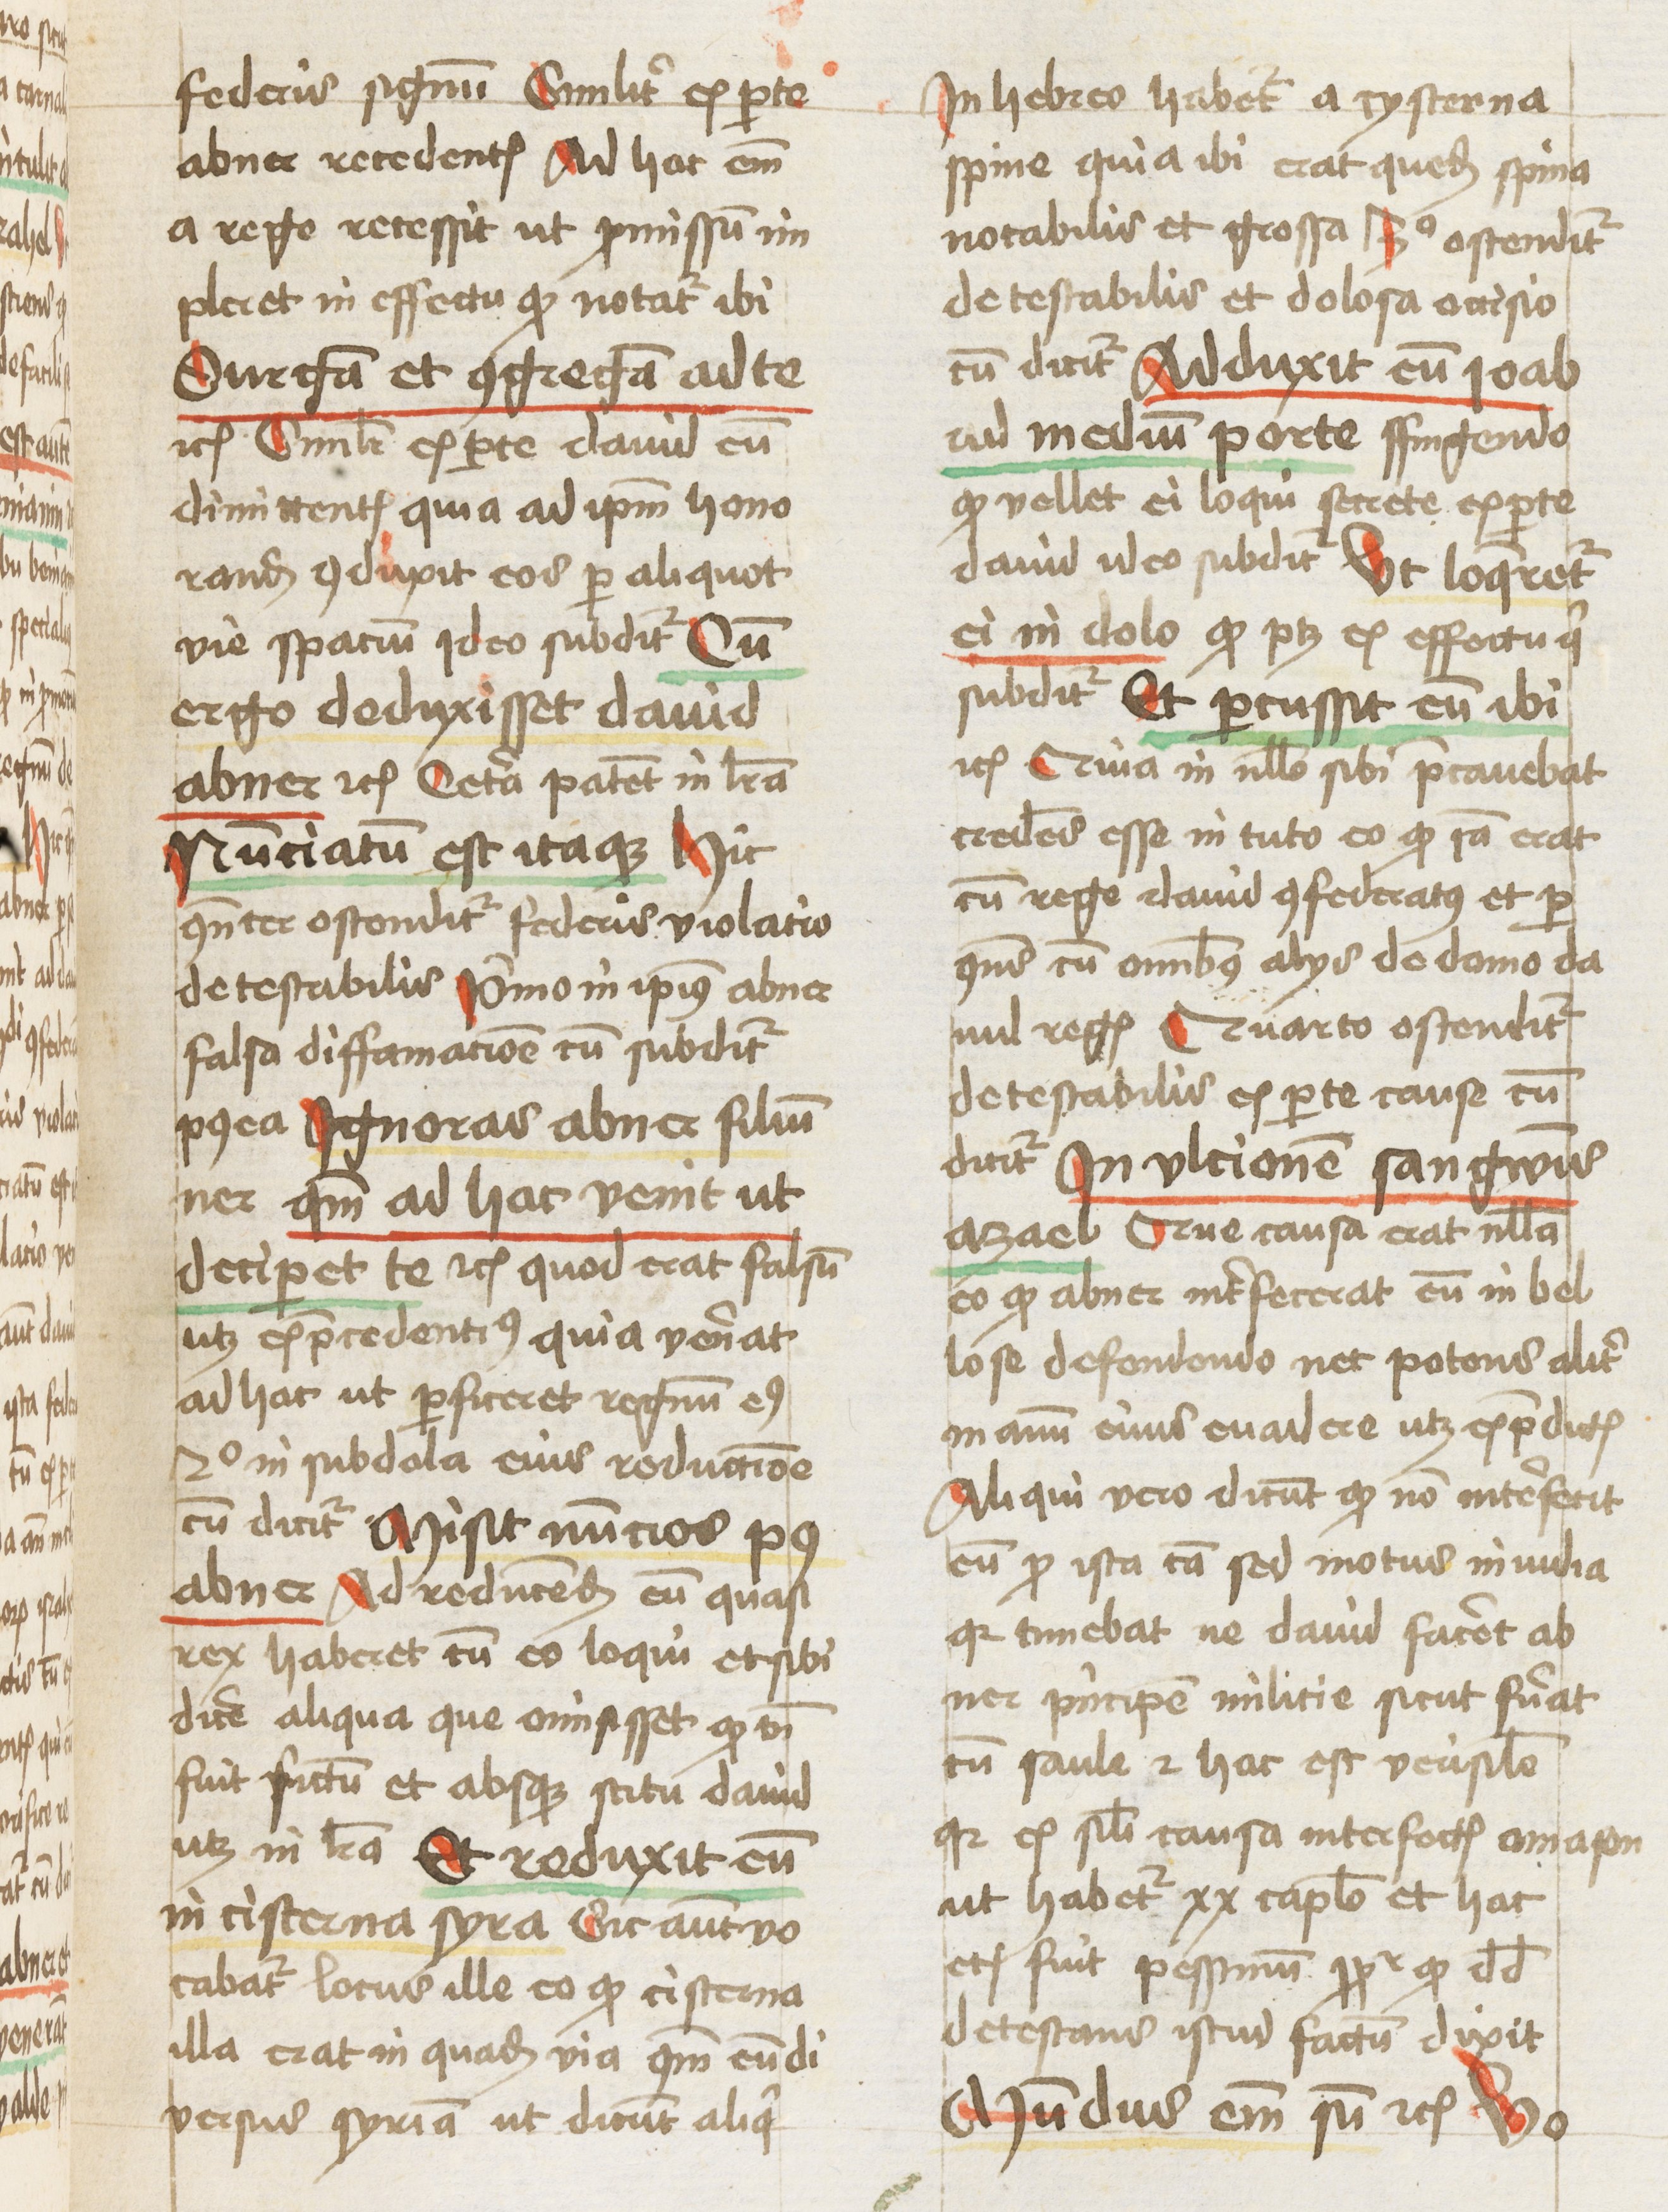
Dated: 1461–1461